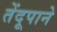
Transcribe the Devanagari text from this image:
तेंदूपाने